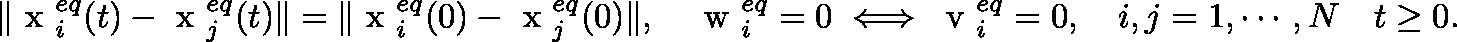
\| \mathrm { \boldmath ~ x ~ } _ { i } ^ { e q } ( t ) - \mathrm { \boldmath ~ x ~ } _ { j } ^ { e q } ( t ) \| = \| \mathrm { \boldmath ~ x ~ } _ { i } ^ { e q } ( 0 ) - \mathrm { \boldmath ~ x ~ } _ { j } ^ { e q } ( 0 ) \| , \quad \mathrm { \boldmath ~ w ~ } _ { i } ^ { e q } = 0 \iff \mathrm { \boldmath ~ v ~ } _ { i } ^ { e q } = 0 , \quad i , j = 1 , \cdots , N \quad t \geq 0 .